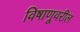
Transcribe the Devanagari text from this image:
विषाणूवरील